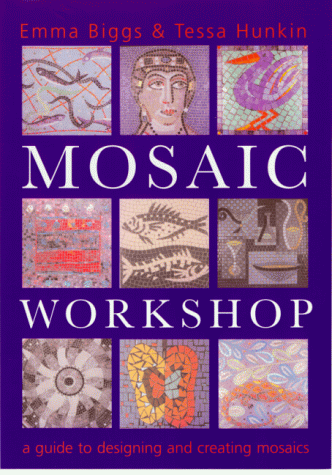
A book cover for Mosaic Workshop; Emma Biggs; Crafts, Hobbies & Home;